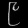
Digit: ၉